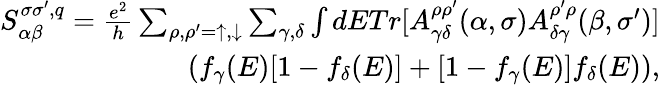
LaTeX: \begin{array}{r}{S_{\alpha\beta}^{\sigma\sigma^{\prime},q}=\frac{e^{2}}{h}\sum_{\rho,\rho^{\prime}=\uparrow,\downarrow}\sum_{\gamma,\delta}\int dETr[A_{\gamma\delta}^{\rho\rho^{\prime}}(\alpha,\sigma)A_{\delta\gamma}^{\rho^{\prime}\rho}(\beta,\sigma^{\prime})]}\\ {(f_{\gamma}(E)[1-f_{\delta}(E)]+[1-f_{\gamma}(E)]f_{\delta}(E)),}\end{array}